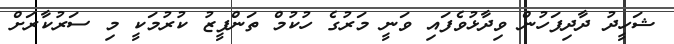
ޝަހީދު ދާދިފަހުން ވިދާޅުވެފައި ވަނީ މަރުގެ ހުކުމް ތަންފީޒު ކުރުމަކީ މި ސަރުކާރަށް